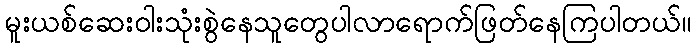
မူးယစ်ဆေးဝါးသုံးစွဲနေသူတွေပါလာရောက်ဖြတ်နေကြပါတယ်။